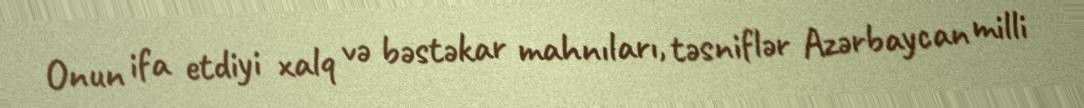
Onun ifa etdiyi xalq və bəstəkar mahnıları, təsniflər Azərbaycan milli